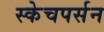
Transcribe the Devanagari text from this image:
स्केचपर्सन